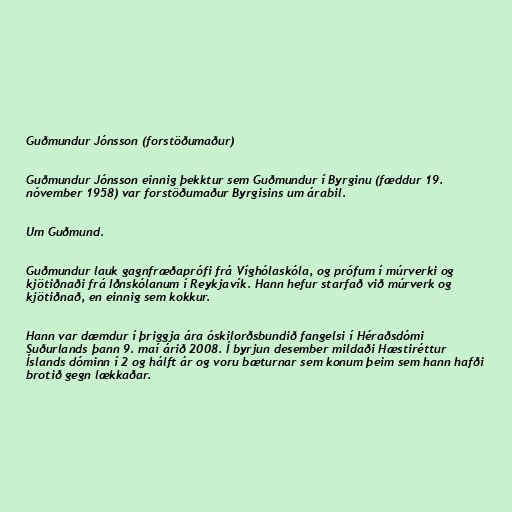
Guðmundur Jónsson (forstöðumaður)

Guðmundur Jónsson einnig þekktur sem Guðmundur í Byrginu (fæddur 19.
nóvember 1958) var forstöðumaður Byrgisins um árabil.

Um Guðmund.

Guðmundur lauk gagnfræðaprófi frá Víghólaskóla, og prófum í múrverki og
kjötiðnaði frá Iðnskólanum í Reykjavík. Hann hefur starfað við múrverk og
kjötiðnað, en einnig sem kokkur.

Hann var dæmdur í þriggja ára óskilorðsbundið fangelsi í Héraðsdómi
Suðurlands þann 9. maí árið 2008. Í byrjun desember mildaði Hæstiréttur
Íslands dóminn í 2 og hálft ár og voru bæturnar sem konum þeim sem hann hafði
brotið gegn lækkaðar.